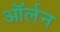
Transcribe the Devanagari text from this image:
ऑर्लन